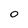
Character: 0